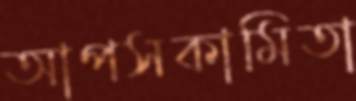
আপসকামিতা